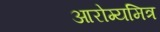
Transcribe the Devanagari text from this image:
आरोग्यमित्र